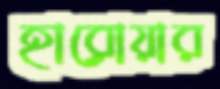
হারোয়ার